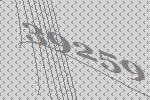
39259